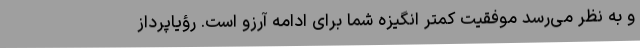
و به نظر می‌رسد موفقیت کمتر انگیزه شما برای ادامه آرزو است. رؤیاپرداز